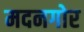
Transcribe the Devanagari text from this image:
मदनगोर